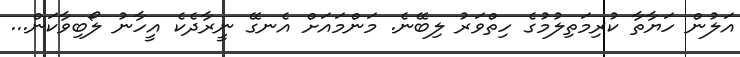
އަލުން ހަޔާތާ ކުރިމަތިލުމުގެ ހިތްވަރު ލިބޭނެ. މަންމައަށް އެނގޭ ނީރާދެކެ އީހާނު ލޯބިވާކަން...